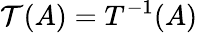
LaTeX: {\mathcal{T}}(A)=T^{-1}(A)